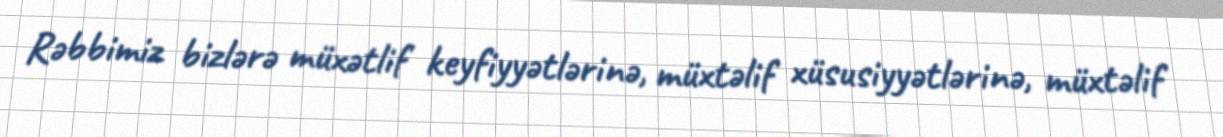
Rəbbimiz bizlərə müxətlif keyfiyyətlərinə, müxtəlif xüsusiyyətlərinə, müxtəlif